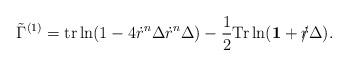
LaTeX: \begin{align*}\tilde{\Gamma}^{(1)} ={\rm tr} \ln ( 1 - 4 \dot{r}^n \Delta \dot{r}^n \Delta )- \frac{1}{2} {\rm Tr} \ln( {\bf 1} + \dot{r}\!\!\!/ \Delta ).\end{align*}